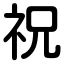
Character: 祝